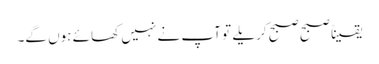
یقیناً صبح صبح کریلے تو آپ نے نہیں کھائے ہوں گے۔